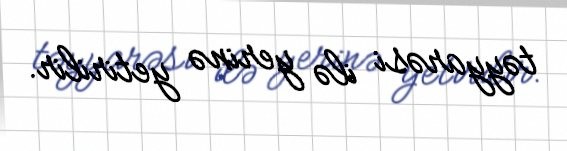
təyyarəsi ilə yerinə yetirilir.